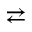
\rightleftarrows